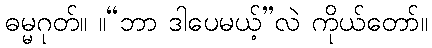
ဓမ္မဂုတ်။ ။“ဘာ ဒါပေမယ့်”လဲ ကိုယ်တော်။